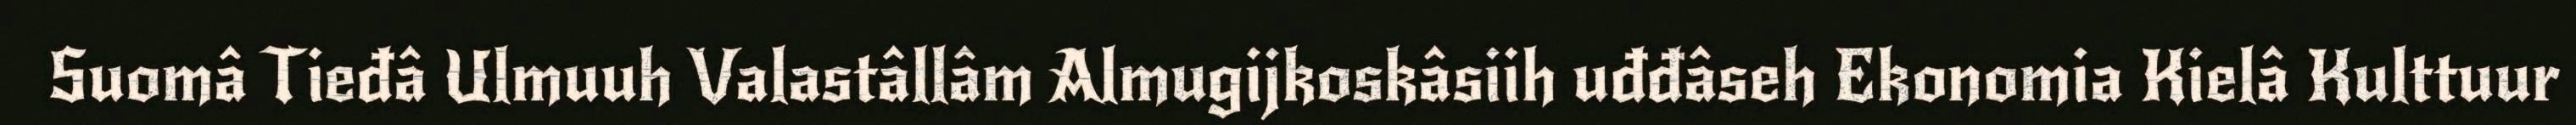
Suomâ Tieđâ Ulmuuh Valastâllâm Almugijkoskâsiih uđđâseh Ekonomia Kielâ Kulttuur